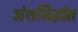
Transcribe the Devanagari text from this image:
अंशसिद्धांत